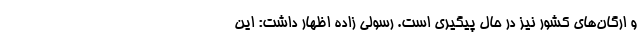
و ارگان‌های کشور نیز در حال پیگیری است. رسولی زاده اظهار داشت: این